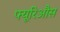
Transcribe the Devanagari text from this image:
फ्यूरिऔस